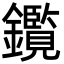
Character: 鑬